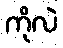
ကိုလဲ